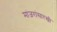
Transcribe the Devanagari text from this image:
मांजरांसारखी